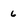
Character: 6